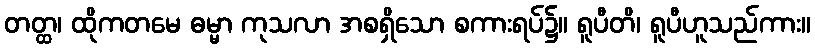
တတ္ထ၊ ထိုကတမေ ဓမ္မာ ကုသလာ အစရှိသော စကားရပ်၌။ ရူပီတိ၊ ရူပီဟူသည်ကား။